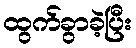
ထွက်ခွာခဲ့ပြီး